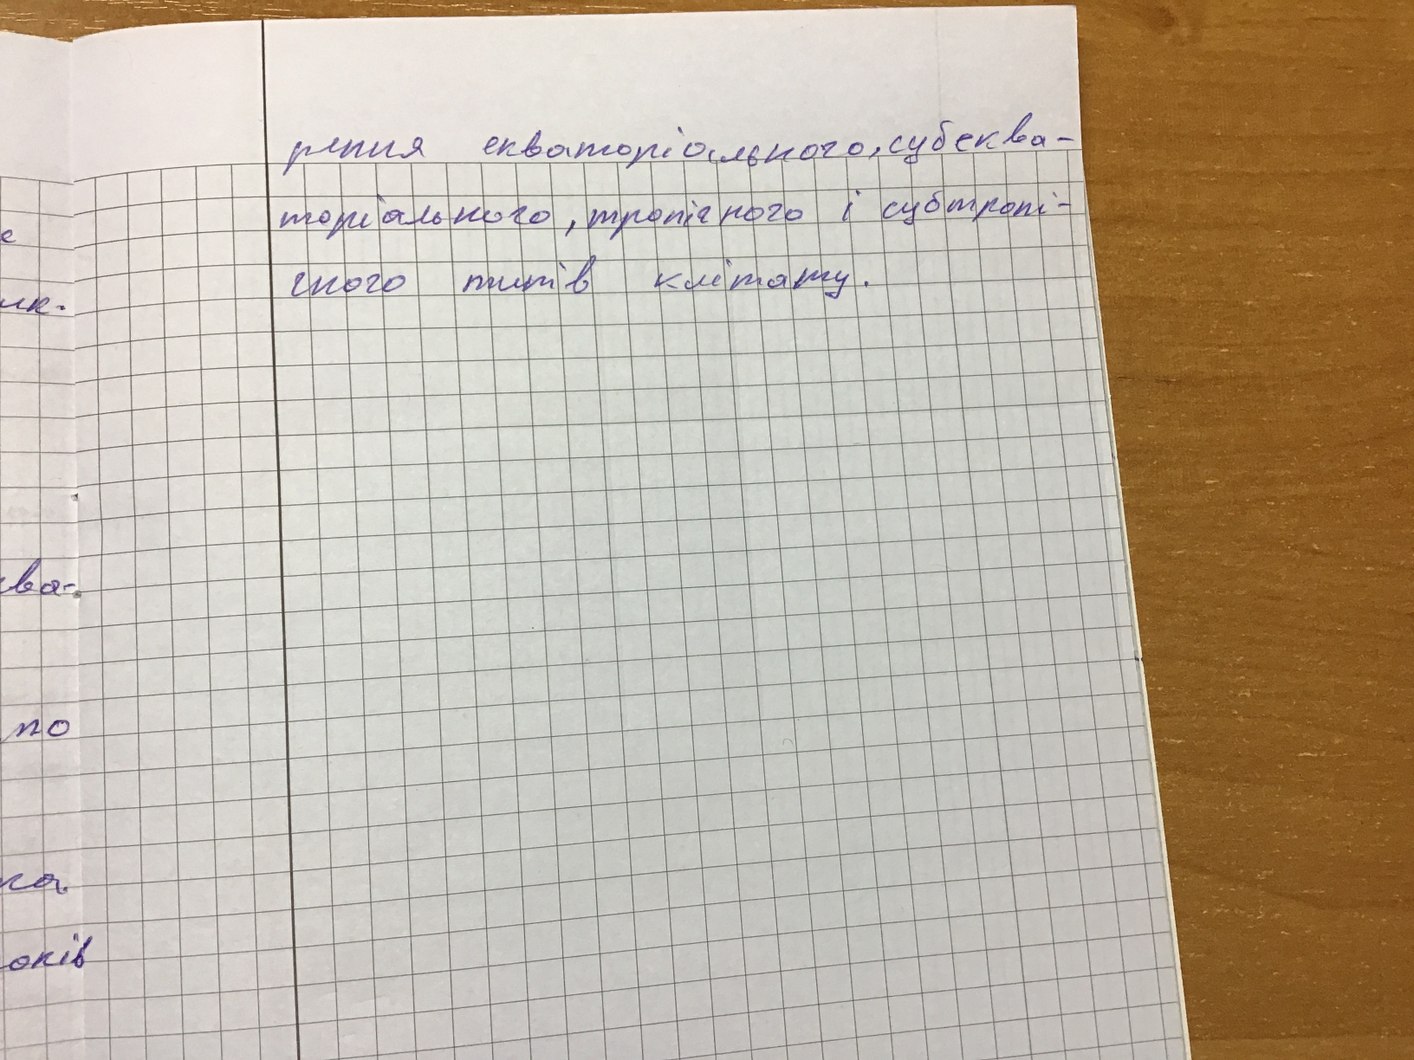
рення екваторіального, субеква-
торіального, тропічного і субтропі-
чного типів клімату.